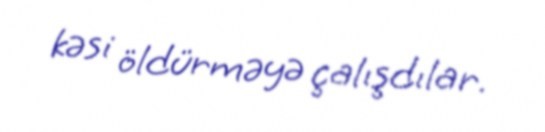
kəsi öldürməyə çalışdılar.